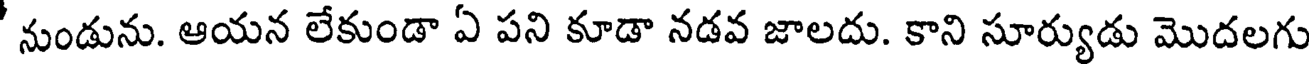
' నుండును. ఆయన లేకుండా ఏ పని కూడా నడవ జాలదు. కాని సూర్యుడు మొదలగు